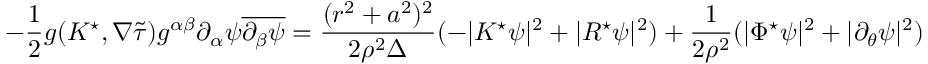
- \frac 1 2 g ( K ^ { \star } , \nabla { \widetilde { \tau } } ) g ^ { \alpha \beta } \partial _ { \alpha } \psi \overline { { \partial _ { \beta } \psi } } = \frac { ( r ^ { 2 } + a ^ { 2 } ) ^ { 2 } } { 2 \rho ^ { 2 } \Delta } ( - | K ^ { \star } \psi | ^ { 2 } + | R ^ { \star } \psi | ^ { 2 } ) + \frac { 1 } { 2 \rho ^ { 2 } } ( | \Phi ^ { \star } \psi | ^ { 2 } + | \partial _ { \theta } \psi | ^ { 2 } )